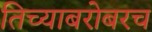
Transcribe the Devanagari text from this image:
तिच्याबरोबरच